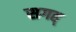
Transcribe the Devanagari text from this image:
सगह्